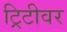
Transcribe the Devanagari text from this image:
ट्रिटीवर